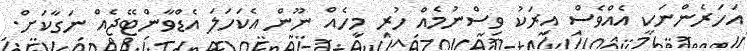
އަހަރެންނަކީ އެއްވެސް އިރަކު ވިސްނުމެއް ހުރި މީހެއް ނޫން އެކަހަލަ އެޑްވާންޓޭޖެއް ނަގާކަށް.